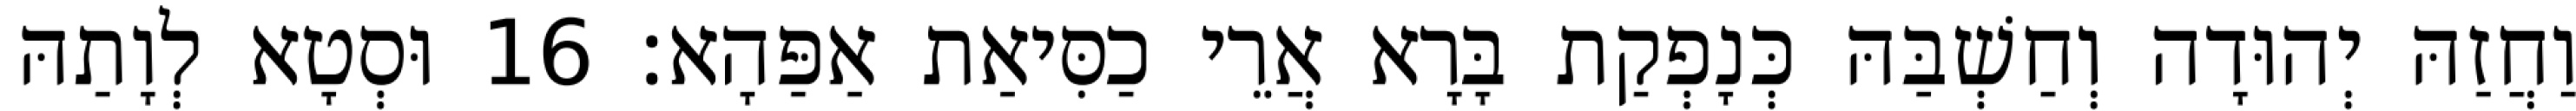
וַחֲזַהּ יְהוּדָה וְחַשְׁבַּהּ כְּנָפְקַת בָּרָא אֲרֵי כַסִּיאַת אַפַּהָא׃ 16 וּסְטָא לְוָתַהּ